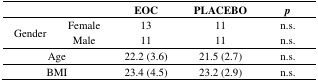
| <COLSPAN=2>  | EOC | PLACEBO | p |
 | --- | --- | --- | --- | --- |
 | <ROWSPAN=2> Gender | Female | 13 | 11 | n.s. |
 | Male | 11 | 11 | n.s. |
 | <COLSPAN=2> Age | 22.2 (3.6) | 21.5 (2.7) | n.s. |
 | <COLSPAN=2> BMI | 23.4 (4.5) | 23.2 (2.9) | n.s. |